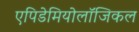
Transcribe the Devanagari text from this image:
एपिडेमियोलॉजिकल